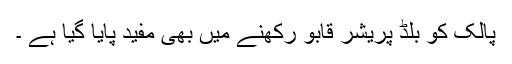
پالک کو بلڈ پریشر قابو رکھنے میں بھی مفید پایا گیا ہے ۔